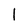
Character: l